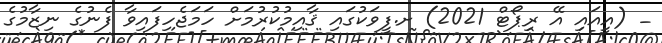
_ (އީއައި އޭ ރިޕޯޓް 2021) ށ.ފީވަކުގައި ޤާއިމުކުރުމަށް ހަމަޖެހިފައިވާ ފެނުގެ ނިޒާމުގެ